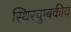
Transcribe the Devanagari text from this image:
स्थिरचुम्बकीय